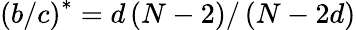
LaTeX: \left(b/c\right)^{\ast}=d\left(N-2\right)/\left(N-2d\right)